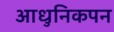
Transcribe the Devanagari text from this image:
आधुनिकपन